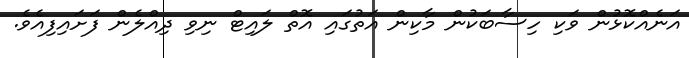
އަނެއްކޮޅުން ވަކި ހިސާބަކުން މާކިން އަތުގައި އޮތް ލައިޓް ނިވި ދިއްލެން ފަށައިފިއެވެ.